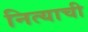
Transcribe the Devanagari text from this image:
नित्याची